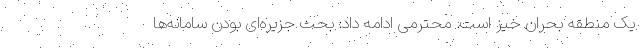
یک منطقه بحران خیز است. محترمی ادامه داد: بحث جزیره‌ای بودن سامانه‌ها